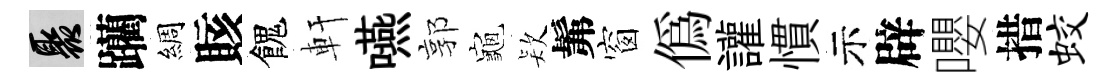
聚躪綢賅餽軒嚥郭龜𣣇髴窗偽讙慣示辟嚶措蛟